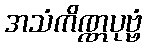
အသံကိဏ္ဏပုဗ္ဗံ